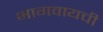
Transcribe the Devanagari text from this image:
भागवायची